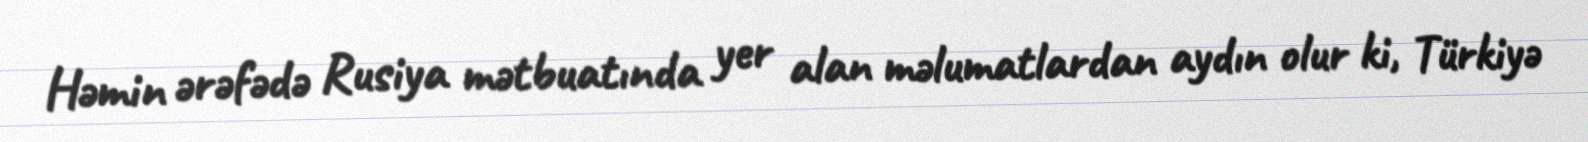
Həmin ərəfədə Rusiya mətbuatında yer alan məlumatlardan aydın olur ki, Türkiyə